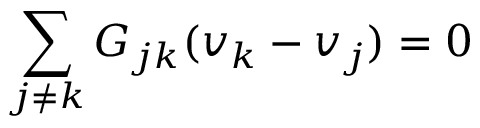
\sum _ { j \neq k } G _ { j k } ( v _ { k } - v _ { j } ) = 0